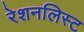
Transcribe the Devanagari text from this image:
रेशनलिस्ट